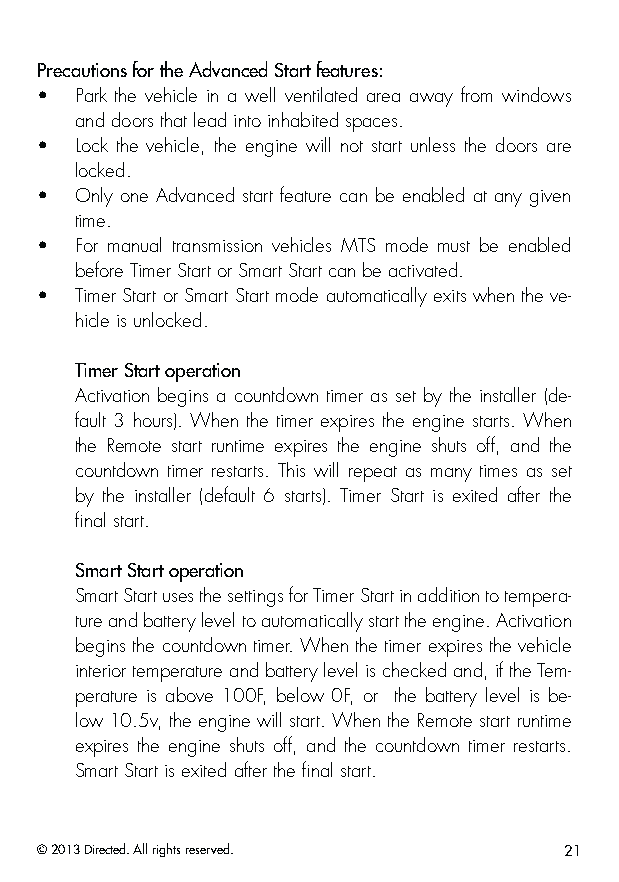
Precautions for the Advanced Start features:
 •  Park the vehicle in a well ventilated area away from windows
 and doors that lead into inhabited spaces.
 •  Lock the vehicle, the engine will not start unless the doors are
 locked.
 •  Only one Advanced start feature can be enabled at any given
 time.
 •  For manual transmission vehicles MTS mode must be enabled
 before Timer Start or Smart Start can be activated.
 •  Timer Start or Smart Start mode automatically exits when the ve-
 hicle is unlocked.
 Timer Start operation
 Activation begins a countdown timer as set by the installer (de-
 fault 3 hours). When the timer expires the engine starts. When
 the Remote start runtime expires the engine shuts off, and the
 countdown timer restarts. This will repeat as many times as set
 by the installer (default 6 starts). Timer Start is exited after the
 final start.
 Smart Start operation
 Smart Start uses the settings for Timer Start in addition to tempera-
 ture and battery level to automatically start the engine. Activation
 begins the countdown timer. When the timer expires the vehicle
 interior temperature and battery level is checked and, if the Tem-
 perature is above 100F, below 0F, or the battery level is be-
 low 10.5v, the engine will start. When the Remote start runtime
 expires the engine shuts off, and the countdown timer restarts.
 Smart Start is exited after the final start.
 © 2013 Directed. All rights reserved. 21